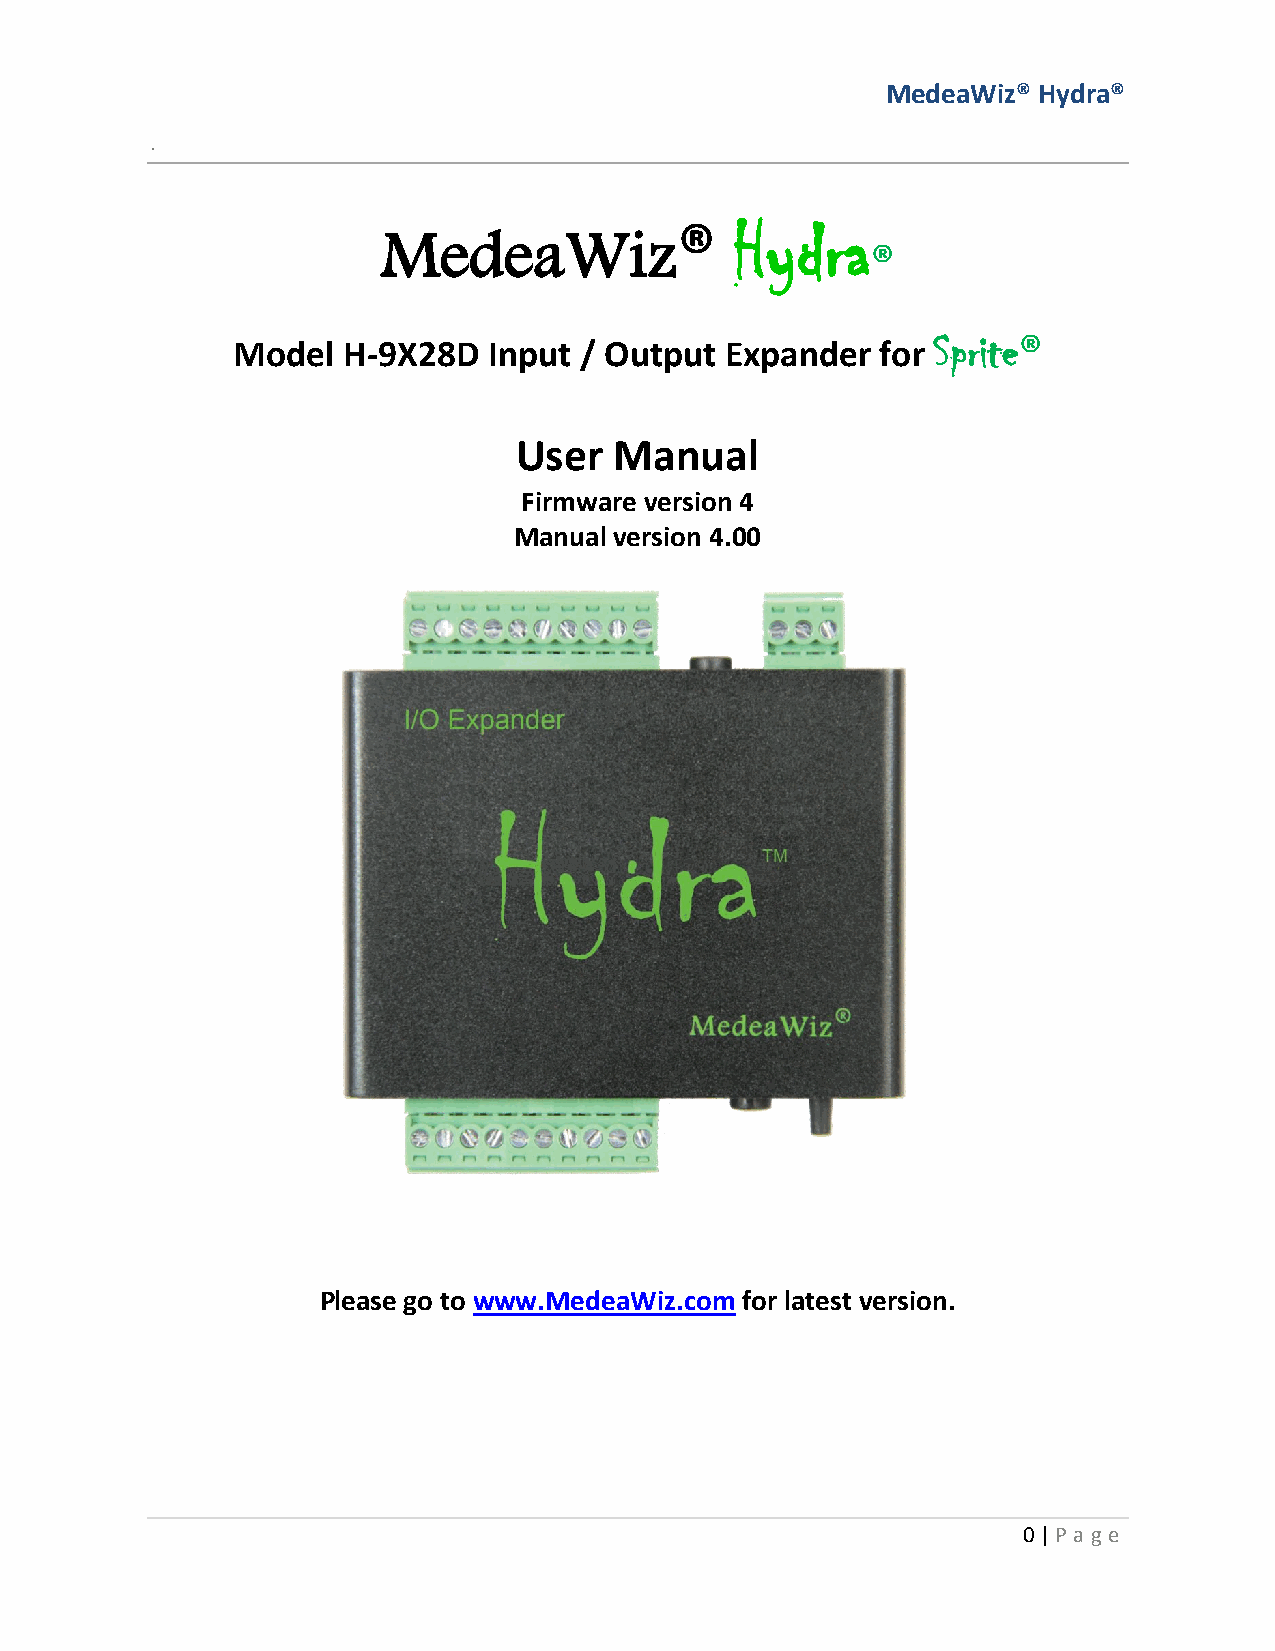
MedeaWiz® Hydra®
 .
 MedeaWiz®              Hydra
 ®
 Model   H-9X28D  Input / Output  Expander  for
 Sprite®
 User   Manual
 Firmware version 4
 Manual version 4.00
 Please go to www.MedeaWiz.com for latest version.
 0 | P age